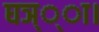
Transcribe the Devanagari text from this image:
घञ््‌ा।